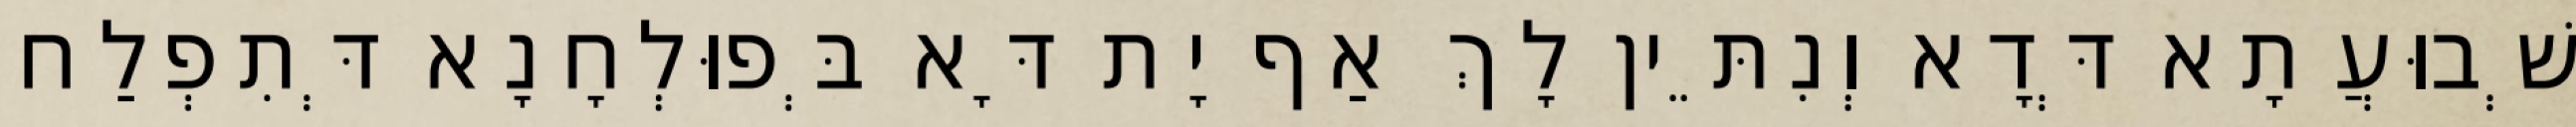
שְׁבוּעֲתָא דְּדָא וְנִתֵּין לָךְ אַף יָת דָּא בְּפוּלְחָנָא דְּתִפְלַח